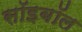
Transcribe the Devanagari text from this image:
सॉइबॉल